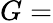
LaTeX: G=